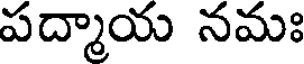
పద్మాయ నమః